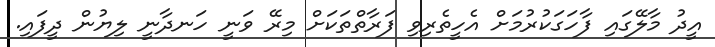
އީދު މާލޭގައި ފާހަގަކުރުމަށް އެހީތެރިވި ފަރާތްތަކަށް މިރޭ ވަނީ ހަނދާނީ ލިޔުން ދީފައި.